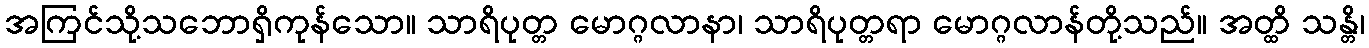
အကြင်သို့သဘောရှိကုန်သော။ သာရိပုတ္တ မောဂ္ဂလာနာ၊ သာရိပုတ္တရာ မောဂ္ဂလာန်တို့သည်။ အတ္ထိ သန္တိ၊